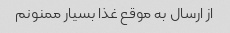
از ارسال به موقع غذا بسیار ممنونم